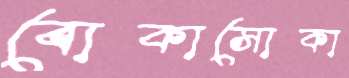
বোকাসোকা